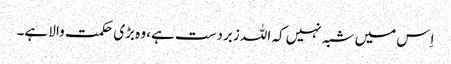
اِس میں شبہ نہیں کہ اللہ زبردست ہے، وہ بڑی حکمت والا ہے۔